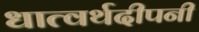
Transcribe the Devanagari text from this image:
धात्वर्थदीपनी